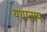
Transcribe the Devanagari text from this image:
यथानाम